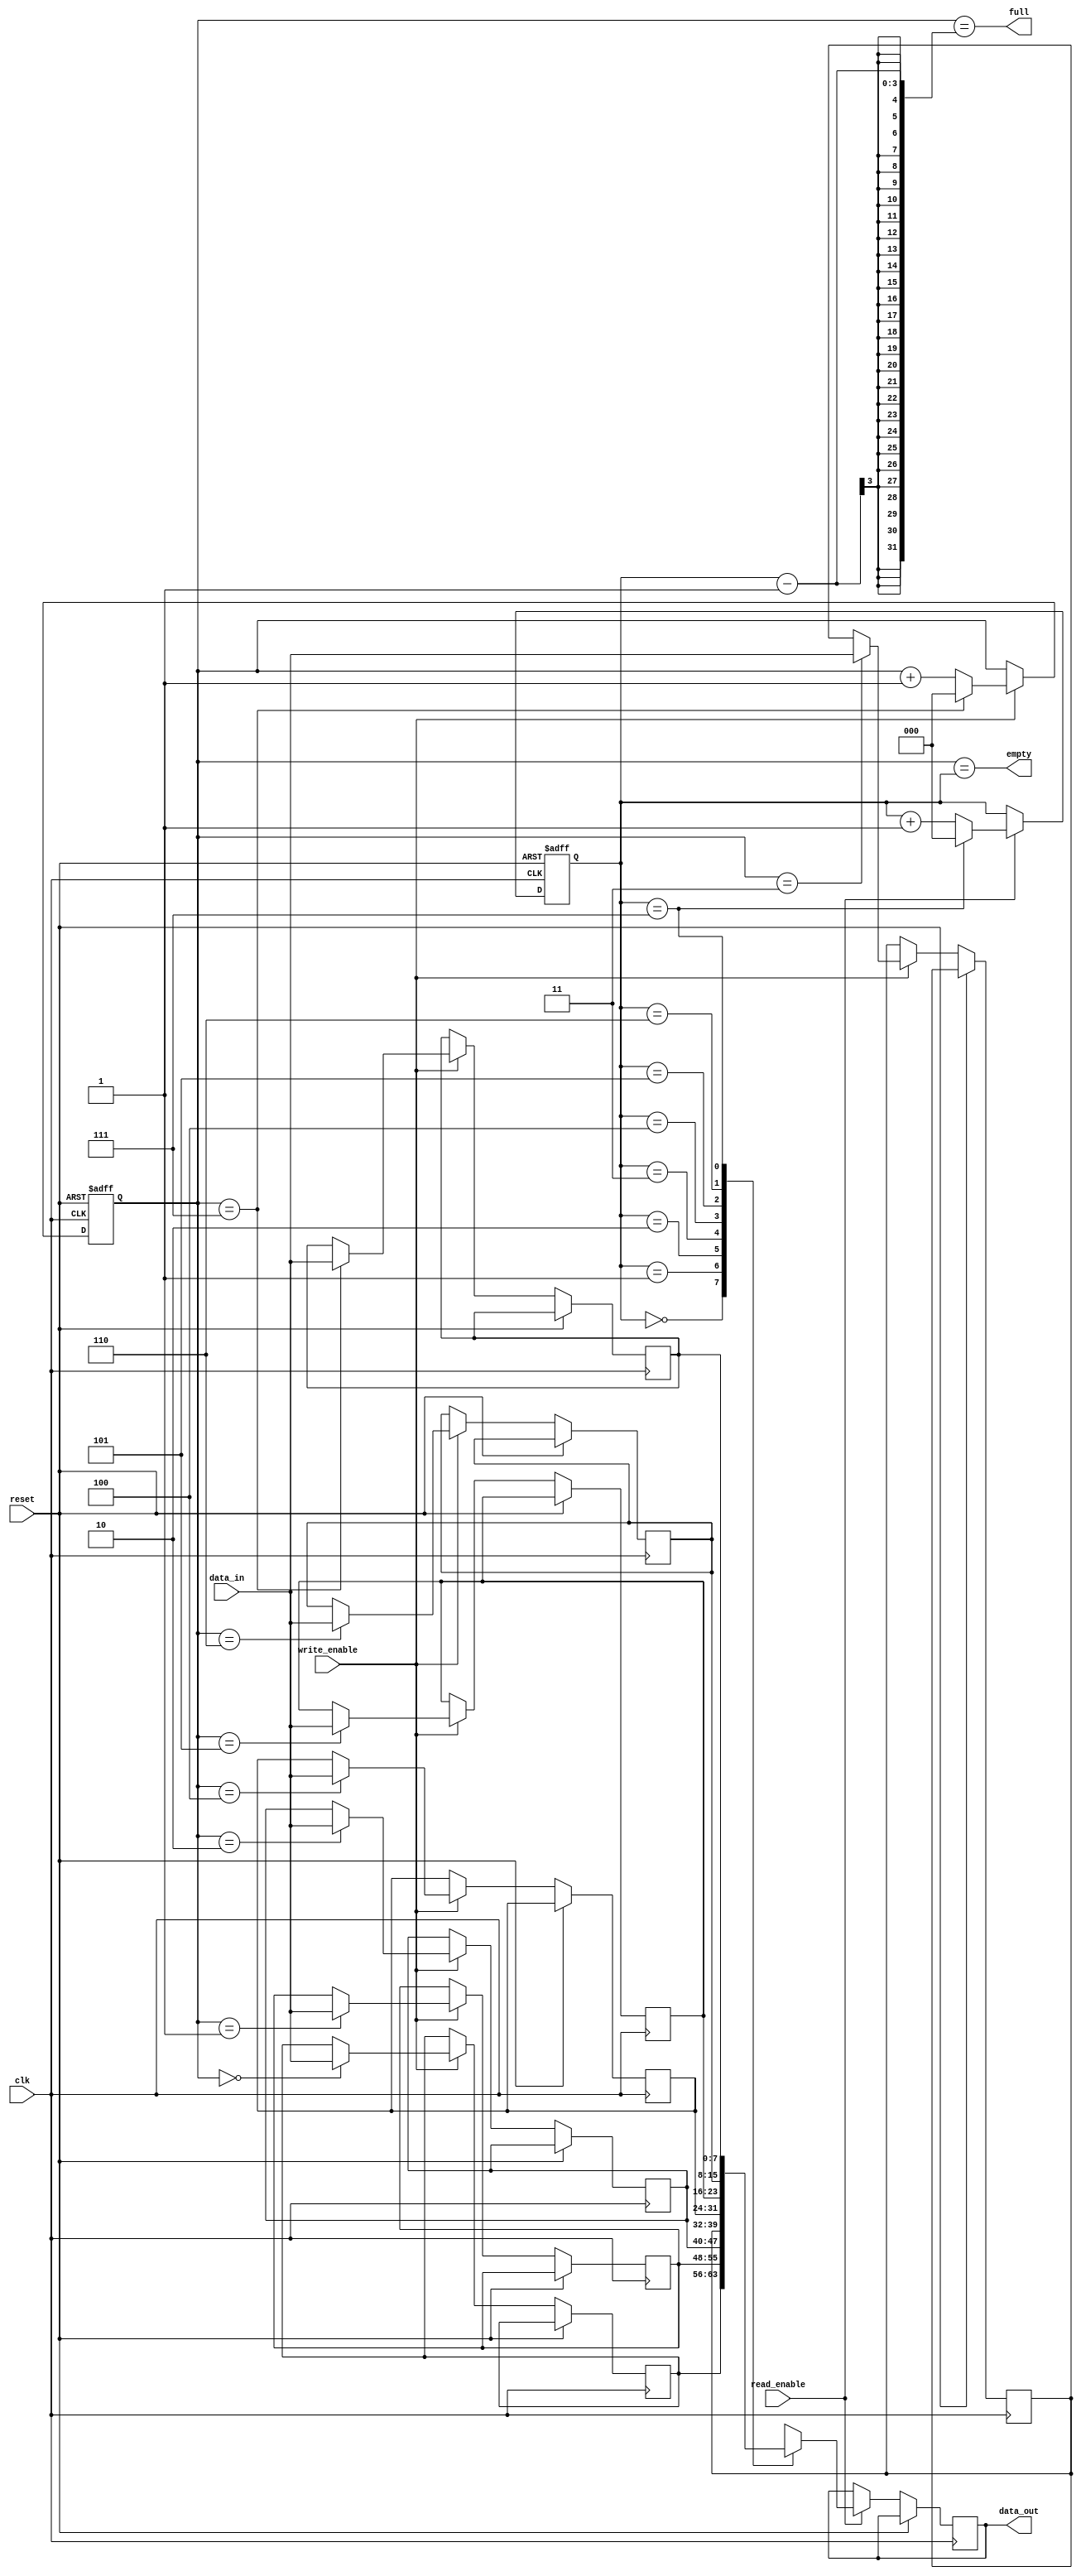
module fifo_buffer(
    input wire clk,
    input wire reset,
    input wire write_enable,
    input wire read_enable,
    input wire [7:0] data_in,
    output reg [7:0] data_out,
    output wire full,
    output wire empty
);

parameter BUFFER_SIZE = 8;

reg [7:0] buffer [0:BUFFER_SIZE-1];
reg [2:0] write_pointer;
reg [2:0] read_pointer;

always @ (posedge clk or posedge reset)
begin
    if (reset)
    begin
        write_pointer <= 3'b000;
        read_pointer <= 3'b000;
    end
    else
    begin
        if (write_enable)
        begin
            buffer[write_pointer] <= data_in;
            write_pointer <= (write_pointer == BUFFER_SIZE-1) ? 3'b000 : write_pointer + 1;
        end
        
        if (read_enable)
        begin
            data_out = buffer[read_pointer];
            read_pointer <= (read_pointer == BUFFER_SIZE-1) ? 3'b000 : read_pointer + 1;
        end
    end
end

assign full = (write_pointer == read_pointer - 1);
assign empty = (write_pointer == read_pointer);

endmodule